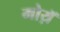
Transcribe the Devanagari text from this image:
मोय़ॅ